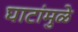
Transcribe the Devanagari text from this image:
घाटांमुळे